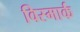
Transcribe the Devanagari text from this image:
विस्मार्क